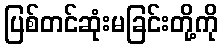
ပြစ်တင်ဆုံးမခြင်းတို့ကို